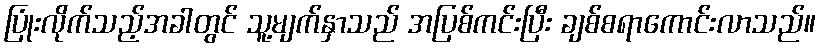
ပြုံးလိုက်သည့်အခါတွင် သူ့မျက်နှာသည် အပြစ်ကင်းပြီး ချစ်စရာကောင်းလာသည်။